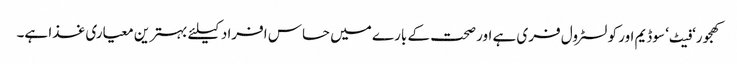
کھجور‘ فیٹ‘ سوڈیم اور کولسٹرول فری ہے اور صحت کے بارے میں حساس افراد کیلئے بہترین معیاری غذا ہے۔